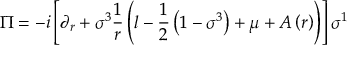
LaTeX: \Pi = - i \left[ \partial _ { r } + \sigma ^ { 3 } \frac { 1 } { r } \left( l - \frac { 1 } { 2 } \left( 1 - \sigma ^ { 3 } \right) + \mu + A \left( r \right) \right) \right] \sigma ^ { 1 }